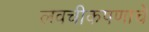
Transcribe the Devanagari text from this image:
लवचीकपणाचे